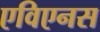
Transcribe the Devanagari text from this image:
एविएनस